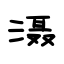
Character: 滠